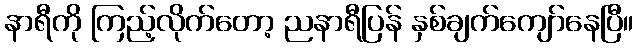
နာရီကို ကြည့်လိုက်တော့ ညနာရီပြန် နှစ်ချက်ကျော်နေပြီ။